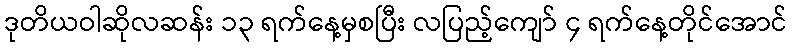
ဒုတိယဝါဆိုလဆန်း ၁၃ ရက်နေ့မှစပြီး လပြည့်ကျော် ၄ ရက်နေ့တိုင်အောင်